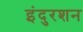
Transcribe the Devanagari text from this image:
इंदुरशन